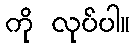
ကို လုပ်ပါ။